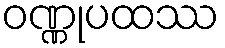
ဝဏ္ဏုပထဿ